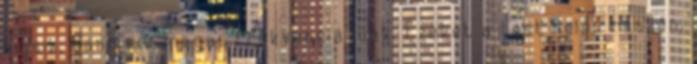
kicsik, hangjuk magas frekvenciájúak. Ezeket a test felső részén,